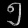
Digit: ၅